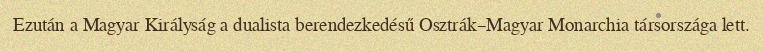
Ezután a Magyar Királyság a dualista berendezkedésű Osztrák–Magyar Monarchia társországa lett.